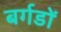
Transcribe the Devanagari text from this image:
बर्गडों